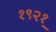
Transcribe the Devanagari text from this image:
१९२१़